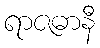
ရာဇဓာနီ